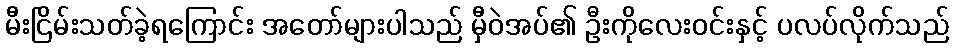
မီးငြိမ်းသတ်ခဲ့ရကြောင်း အတော်များပါသည် မှီဝဲအပ်၏ ဦးကိုလေးဝင်းနှင့် ပလပ်လိုက်သည်